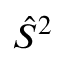
\hat { S } ^ { 2 }